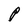
Character: P